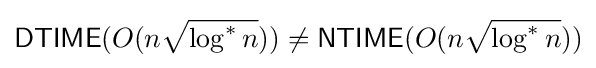
{\mathsf {DTIME}}(O(n{\sqrt {\log ^{*}n}}))\neq {\mathsf {NTIME}}(O(n{\sqrt {\log ^{*}n}}))